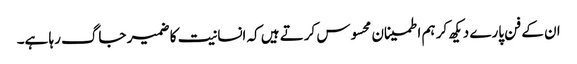
ان کے فن پارے دیکھ کر ہم اطمینان محسوس کرتے ہیں کہ انسانیت کا ضمیر جاگ رہا ہے۔